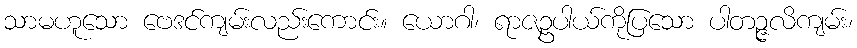
သာမဟူသော ဗေဒင်ကျမ်းလည်းကောင်း။ ယောဂါ၊ ရာဇဥပါယ်ကိုပြသော ပါတဉ္ဇလိကျမ်း၊